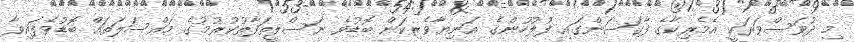
މި ދުވަސްވަރަކީ އެމެރިކާގެ ފާގަސަންގައި ފުލުހުންގެ އަނިޔާވެރިކަން ބޮޑުވެ ނަސްލީތަފާތުކުރުމުގެ މައްސަލަތައް ބޮޑުވެފައިވާ